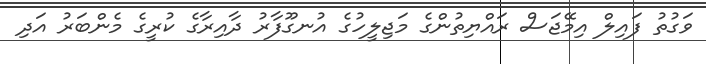
ވަގުތު ފައިލް އިމޭޖަސް ރައްޔިތުންގެ މަޖިލީހުގެ އުނގޫފާރު ދާއިރާގެ ކުރީގެ މެންބަރު އަދި